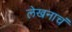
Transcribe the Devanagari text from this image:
लेखनाचं